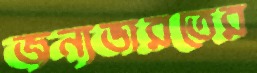
জন্যভারতের